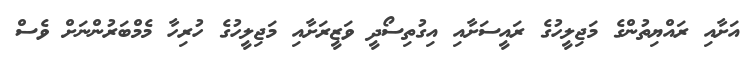
އަށާއި ރައްޔިތުންގެ މަޖިލީހުގެ ރައީސަށާއި އިގުތިސޯދީ ވަޒީރަށާއި މަޖިލީހުގެ ހުރިހާ މެމްބަރުންނަށް ވެސް